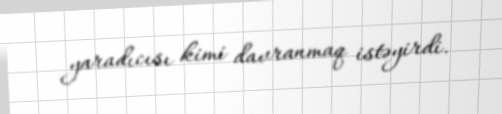
yaradıcısı kimi davranmaq istəyirdi.